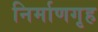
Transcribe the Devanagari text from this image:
निर्माणगृह